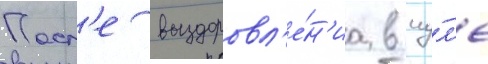
Посл'е выздоровл'е́н'иа в иу́л'е